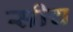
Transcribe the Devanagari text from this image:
सीच